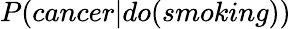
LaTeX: P(cancer|do(smoking))